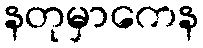
နတုမှာကေန